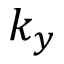
k _ { y }